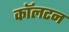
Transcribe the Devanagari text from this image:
काॅलटन